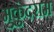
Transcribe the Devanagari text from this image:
मुकुंदराम